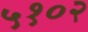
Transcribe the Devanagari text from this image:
५१०२